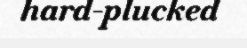
hard-plucked